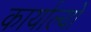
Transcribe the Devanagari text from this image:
कार्याल्यों